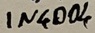
Text: IN4004